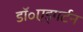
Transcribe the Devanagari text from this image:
डॉ॰एड्गर्टन